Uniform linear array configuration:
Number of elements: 32
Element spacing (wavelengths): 1
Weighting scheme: blackman
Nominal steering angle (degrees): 60
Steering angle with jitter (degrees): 61.586
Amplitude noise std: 0.05
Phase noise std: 0.05

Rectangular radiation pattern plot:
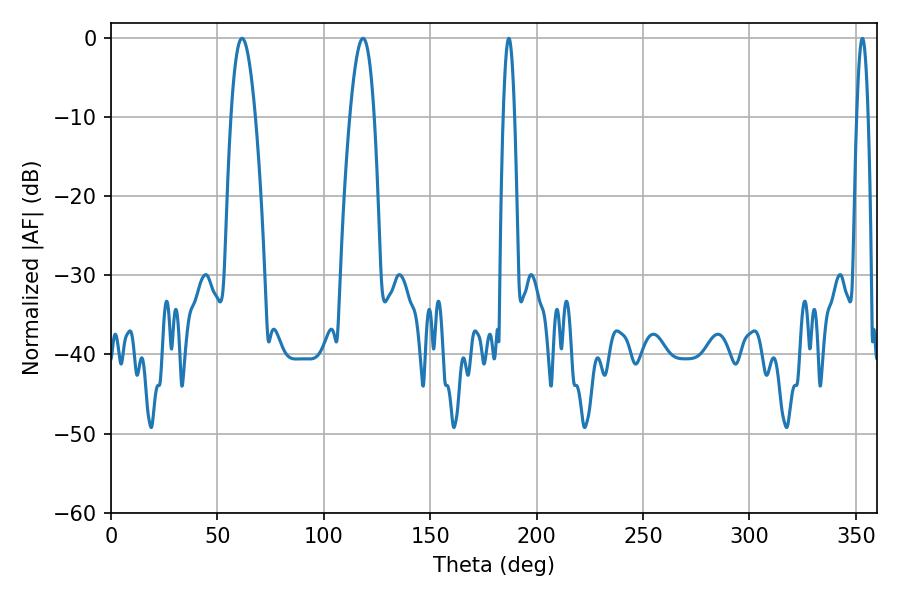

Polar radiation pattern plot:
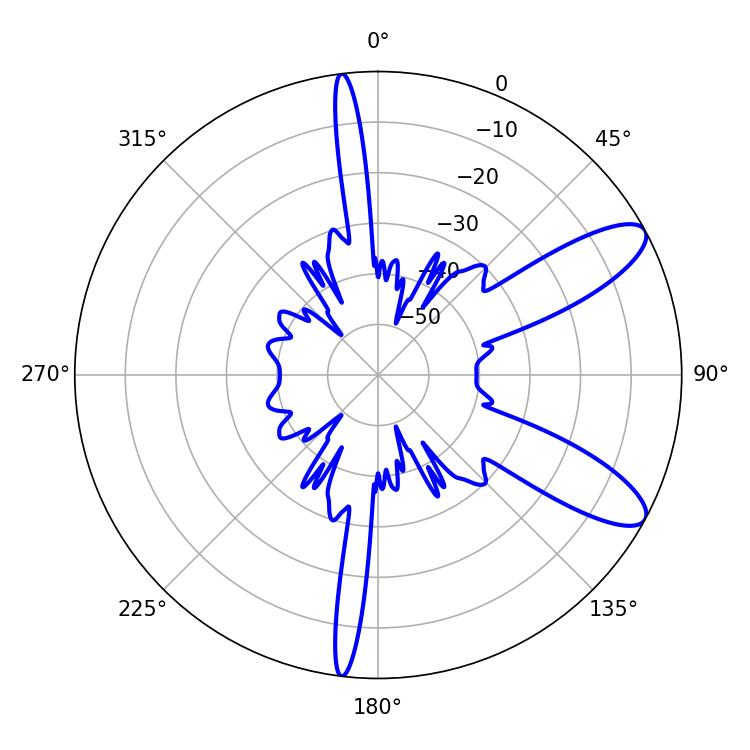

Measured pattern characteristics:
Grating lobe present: TRUE
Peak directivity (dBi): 10.105
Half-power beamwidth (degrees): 6.12
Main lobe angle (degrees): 61.56